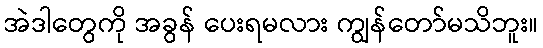
အဲဒါတွေကို အခွန် ပေးရမလား ကျွန်တော်မသိဘူး။